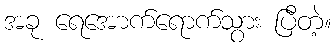
အခု ရေအောက်ရောက်သွား ပြီတဲ့။